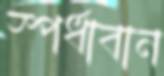
স্পর্ধাবান